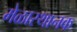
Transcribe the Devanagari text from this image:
मेळास्थानक